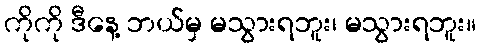
ကိုကို ဒီနေ့ ဘယ်မှ မသွားရဘူး၊ မသွားရဘူး။